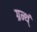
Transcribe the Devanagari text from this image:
ग्रन्थ्ं